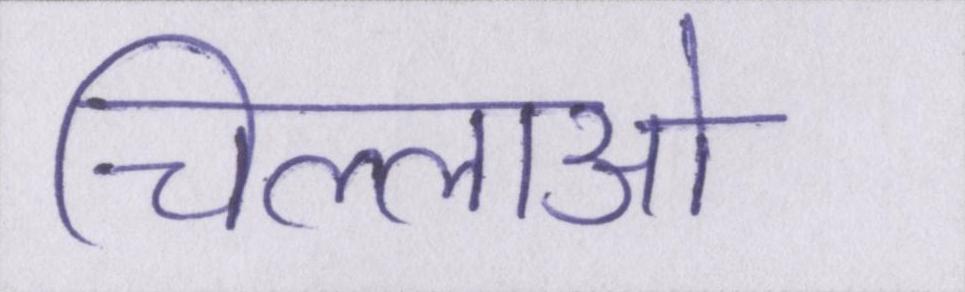
चिल्लाओ